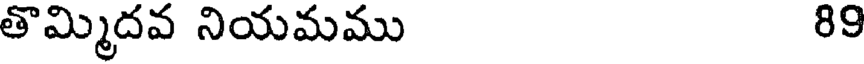
తొమ్మిదవ నియమము 89